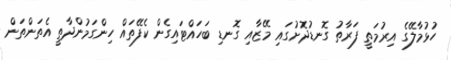
ހުޅުމާލޭގެ އިރުމަތީ ފަރާތު ގޮނޑުދޮށުގައި މޭޒާއި ގޮނޑި ބަހައްޓައިގެން ކެފޭތައް ހިންގަމުންދާތީ އެތަންތަން